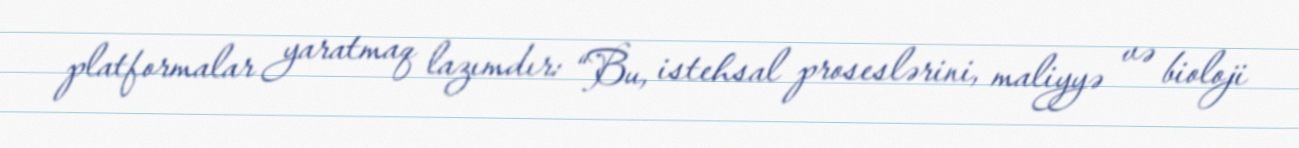
platformalar yaratmaq lazımdır: “Bu, istehsal proseslərini, maliyyə və bioloji